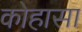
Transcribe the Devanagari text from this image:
कोहासा